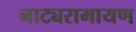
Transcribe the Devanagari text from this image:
नाट्यरामायण